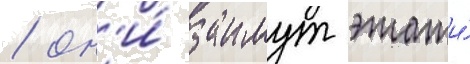
/ он'и́ заимут этажи́